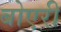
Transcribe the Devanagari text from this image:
बोएरी